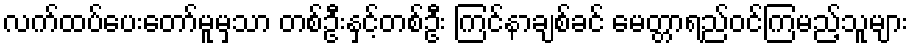
လက်ထပ်ပေးတော်မူမှသာ တစ်ဦးနှင့်တစ်ဦး ကြင်နာချစ်ခင် မေတ္တာရည်ဝင်ကြမည့်သူများ